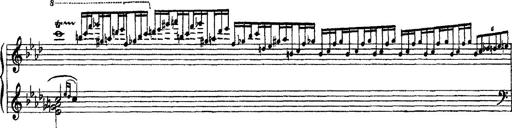
Title: 3 sonetti di Petrarca
Composer: Franz Liszt